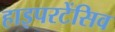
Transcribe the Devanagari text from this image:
हाइपरटेंसिव